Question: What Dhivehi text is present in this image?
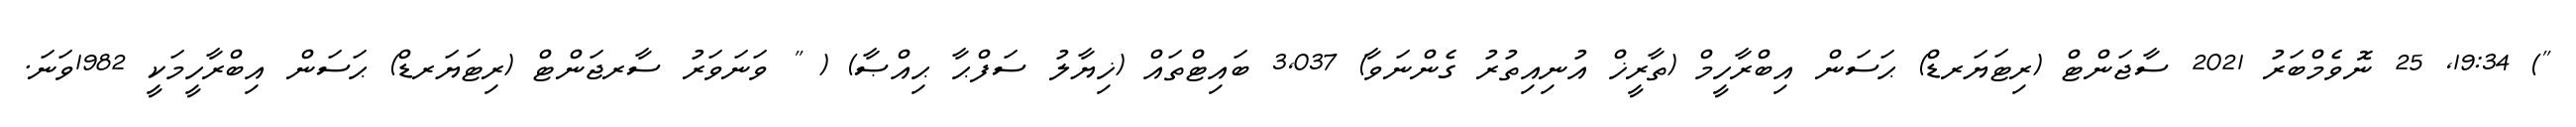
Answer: ") 19:34, 25 ނޮވެމްބަރު 2021 ސާޖަންޓް (ރިޓަޔަރޑް) ޙަސަން އިބްރާހީމް (ތާރީޚް އުނިއިތުރު ގެންނަވާ) 3,037 ބައިޓްތައް (ޚިޔާލު ސަފްޙާ ޙިއްޞާ) ( " ވަނަވަރު ސާރޖަންޓް (ރިޓަޔަރޑް) ޙަސަން އިބްރާހީމަކީ 1982ވަނަ.